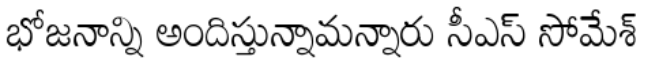
భోజనాన్ని అందిస్తున్నామన్నారు సీఎస్ సోమేశ్